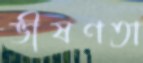
ভীষণতা